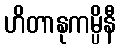
ဟိတာနုကမ္ပိနီ